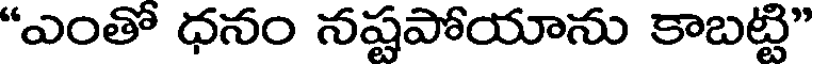
"ఎంతో ధనం నష్టపోయాను కాబట్టి"